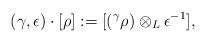
LaTeX: \begin{align*}(\gamma, \epsilon)\cdot [\rho] := [(^{\gamma}\rho) \otimes_L \epsilon^{-1}],\end{align*}